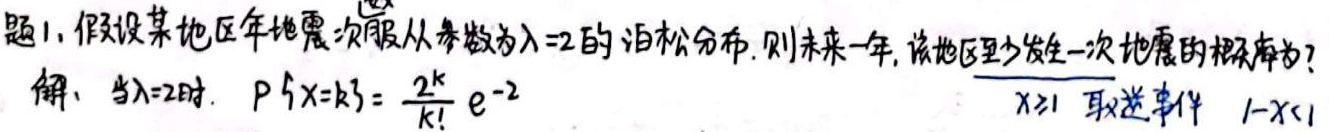
题1. 假设某地区年地震次数服从参数为$\lambda = 2$的泊松分布. 则未来一年, 该地区至少发生一次地震的概率为?
解. 当$\lambda = 2$时. $P\{X = k\} = \frac{2^{k}}{k!}e^{-2}$  $X\geq1$ 取逆事件 $1 - X<1$